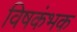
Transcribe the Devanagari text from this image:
विषकंभक